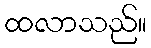
ထလာသည်။